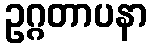
ဥဂ္ဂတာပနာ